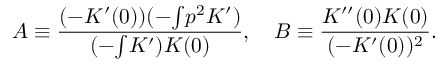
A \equiv \frac { ( - K ^ { \prime } ( 0 ) ) ( - { \textstyle \int } p ^ { 2 } K ^ { \prime } ) } { ( - { \textstyle \int } K ^ { \prime } ) K ( 0 ) } , \ \ \ B \equiv \frac { K ^ { \prime \prime } ( 0 ) K ( 0 ) } { ( - K ^ { \prime } ( 0 ) ) ^ { 2 } } .